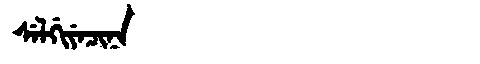
Manchu: ᠰᡝᠯᡤᡳᠶᡝᠴᡳᠨᠠ
Romanization: SELGIYECINA